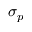
\sigma _ { p }